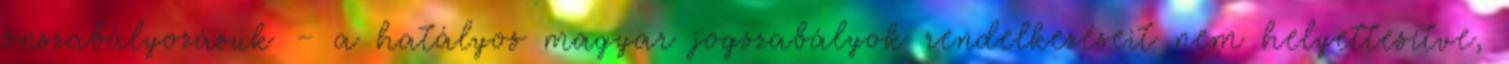
önszabályozásuk – a hatályos magyar jogszabályok rendelkezéseit nem helyettesítve,